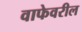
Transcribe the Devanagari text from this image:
वाफेवरील